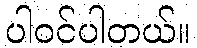
ပါဝင်ပါတယ်။